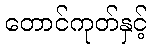
တောင်ကုတ်နှင့်